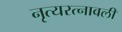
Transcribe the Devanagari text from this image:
नृत्यरत्नावली